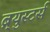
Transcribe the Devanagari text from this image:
ब्र्युस्टर्स